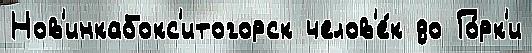
Нов'инкабокс'итогорск челов'е́к до Го́рк'и